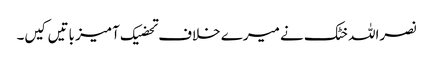
نصراللہ خٹک نے میرے خلاف تحضیک آمیز باتیں کیں۔